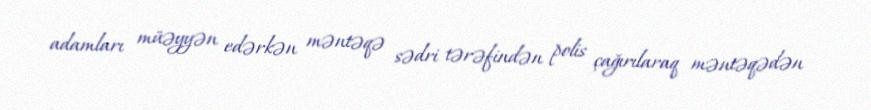
adamları müəyyən edərkən məntəqə sədri tərəfindən polis çağırılaraq məntəqədən